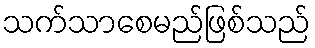
သက်သာစေမည်ဖြစ်သည်